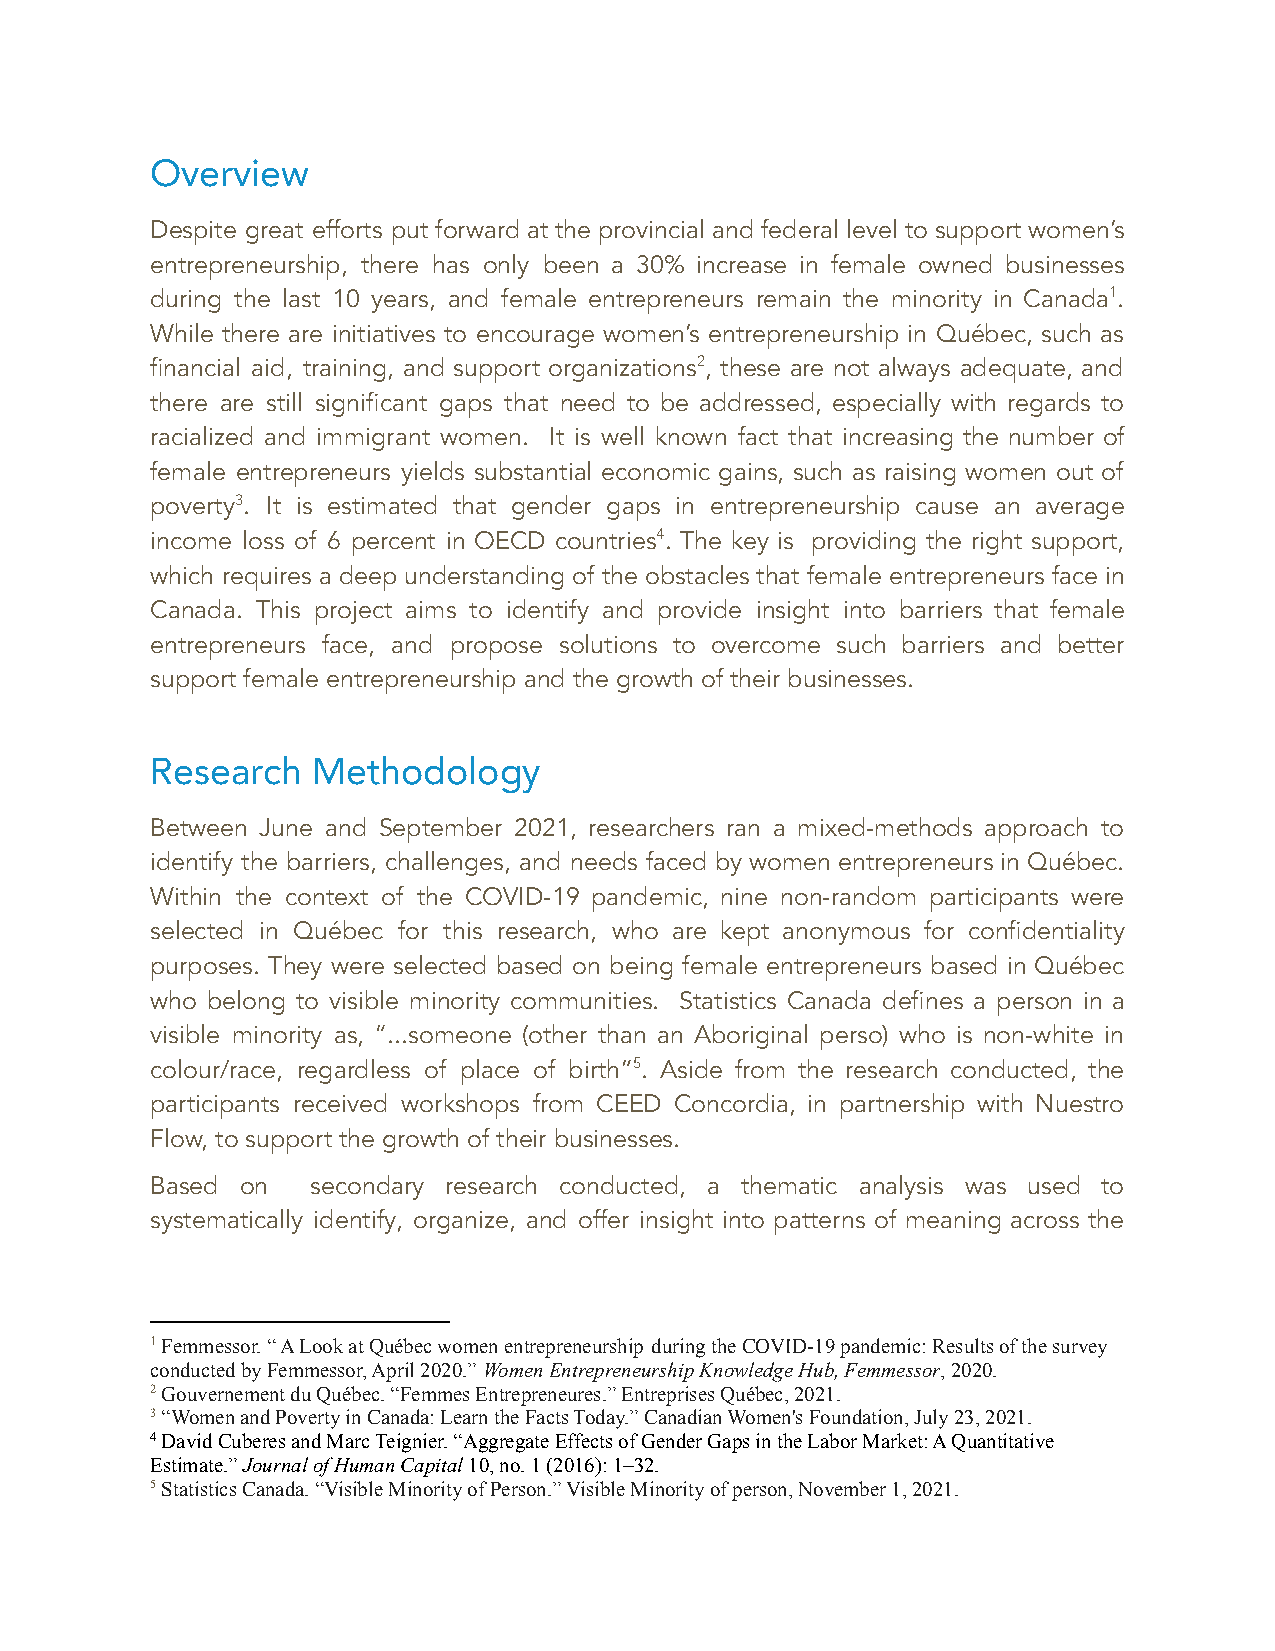
Overview
 Despite great efforts put forward at the provincial and federal level to support women’s
 entrepreneurship, there has only been a 30% increase in female owned businesses
 during the last 10 years, and female entrepreneurs remain the minority in Canada1.
 While there are initiatives to encourage women’s entrepreneurship in Québec, such as
 financial aid, training, and support organizations2, these are not always adequate, and
 there are still significant gaps that need to be addressed, especially with regards to
 racialized and immigrant women. It is well known fact that increasing the number of
 female entrepreneurs yields substantial economic gains, such as raising women out of
 poverty3. It is estimated that gender gaps in entrepreneurship cause an average
 income loss of 6 percent in OECD countries4. The key is providing the right support,
 which requires a deep understanding of the obstacles that female entrepreneurs face in
 Canada. This project aims to identify and provide insight into barriers that female
 entrepreneurs face, and propose solutions to overcome such barriers and better
 support female entrepreneurship and the growth of their businesses.
 Research   Methodology
 Between June and September 2021, researchers ran a mixed-methods approach to
 identify the barriers, challenges, and needs faced by women entrepreneurs in Québec.
 Within the context of the COVID-19 pandemic, nine non-random participants were
 selected in Québec for this research, who are kept anonymous for confidentiality
 purposes. They were selected based on being female entrepreneurs based in Québec
 who belong to visible minority communities. Statistics Canada defines a person in a
 visible minority as, “...someone (other than an Aboriginal perso) who is non-white in
 colour/race, regardless of place of birth”5. Aside from the research conducted, the
 participants received workshops from CEED Concordia, in partnership with Nuestro
 Flow, to support the growth of their businesses.
 Based on   secondary research conducted, a thematic analysis was used to
 systematically identify, organize, and offer insight into patterns of meaning across the
 1Femmessor. “ A Look at Québec women entrepreneurship during the COVID-19 pandemic: Results of the survey
 conducted by Femmessor, April 2020.” Women EntrepreneurshipKnowledge Hub, Femmessor, 2020.
 2Gouvernement du Québec. “Femmes Entrepreneures.”Entreprises Québec, 2021.
 3“Women and Poverty in Canada: Learn the Facts Today.”Canadian Women's Foundation, July 23, 2021.
 4David Cuberes and Marc Teignier. “Aggregate Effects of Gender Gaps in the Labor Market: A Quantitative
 Estimate.”Journal of Human Capital10, no. 1 (2016):1–32.
 5Statistics Canada. “Visible Minority of Person.”Visible Minority of person, November 1, 2021.